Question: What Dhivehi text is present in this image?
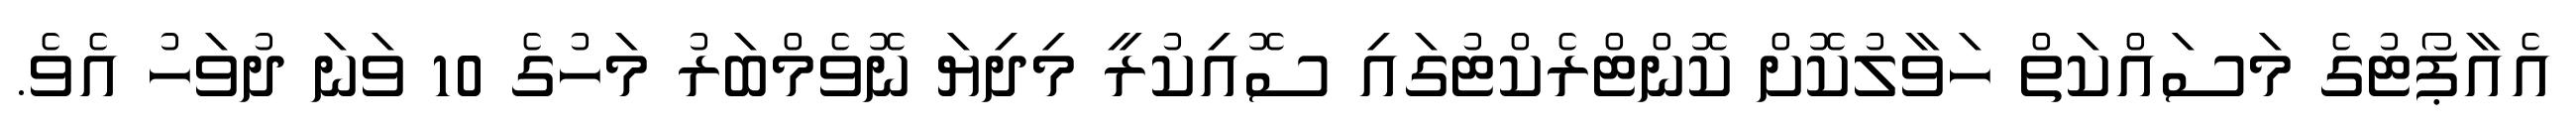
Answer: އެއާޕޯޓުގެ މަސައްކަތް ހަވާލުކޮށް ކޮންޓްރެކްޓުގައި ސޮއިކުރީ މިދިޔަ ނޮވެމްބަރު މަހުގެ 10 ވަނަ ދުވަހު އެވެ.